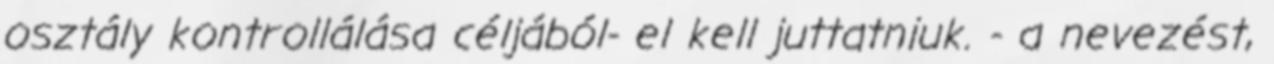
osztály kontrollálása céljából- el kell juttatniuk. - a nevezést,